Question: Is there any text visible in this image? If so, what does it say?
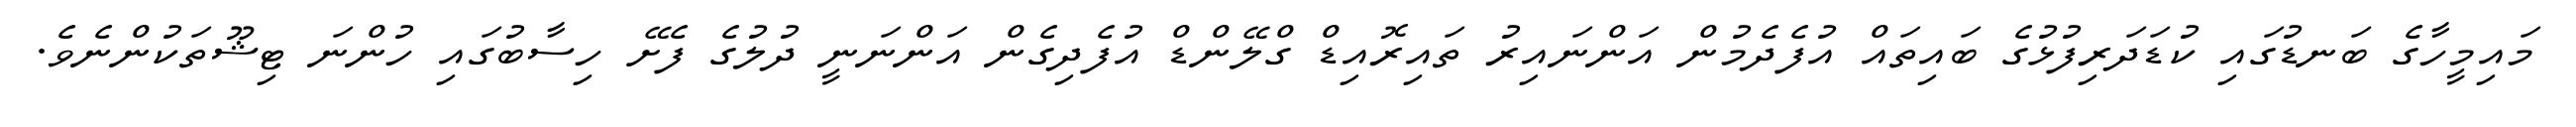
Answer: މައިމީހާގެ ބަނޑުގައި ކުޑަދަރިފުޅުގެ ބައިތައް އުފެދެމުން އަންނައިރު ތައިރޮއިޑް ގްލޭންޑް އުފެދިގެން އަންނަނީ ދުލުގެ ފެށޭ ހިސާބުގައި ހުންނަ ޓިޝޫތަކުންނެވެ.